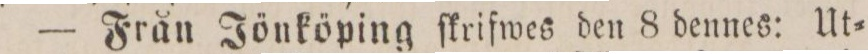
— Från Jönköping ſkrifwes den 8 dennes: Ut=